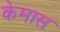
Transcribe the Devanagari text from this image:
केमास